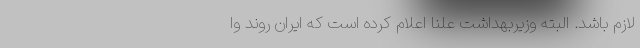
لازم باشد. البته وزیربهداشت علناً اعلام کرده است که ایران روند وا